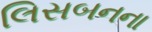
લિસબનના